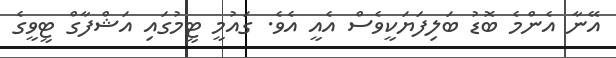
އޭނާ އެންމެ ބޮޑު ބަލިފަޔަކީވެސް އެއީ އެވެ. ގައުމީ ޓީމުގައި އަޝްފާގް ޓީވީގެ